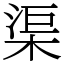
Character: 渠